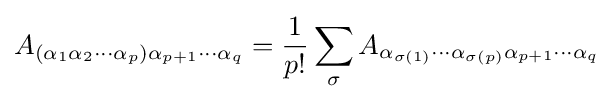
A_{(\alpha _{1}\alpha _{2}\cdots \alpha _{p})\alpha _{p+1}\cdots \alpha _{q}}={\dfrac {1}{p!}}\sum _{\sigma }A_{\alpha _{\sigma (1)}\cdots \alpha _{\sigma (p)}\alpha _{p+1}\cdots \alpha _{q}}